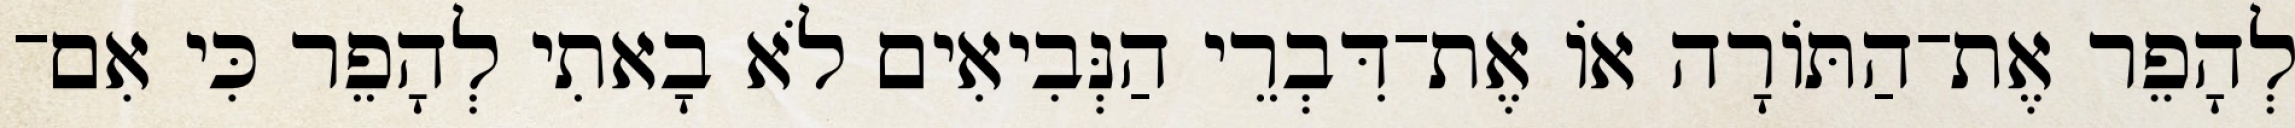
לְהָפֵר אֶת־הַתּוֹרָה אוֹ אֶת־דִּבְרֵי הַנְּבִיאִים לֹא בָאתִי לְהָפֵר כִּי אִם־